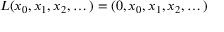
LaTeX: L ( x _ { 0 } , x _ { 1 } , x _ { 2 } , \dots ) = ( 0 , x _ { 0 } , x _ { 1 } , x _ { 2 } , \dots )